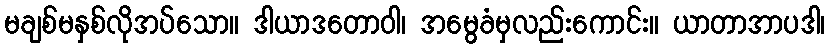
မချစ်မနှစ်လိုအပ်သော။ ဒါယာဒတောဝါ၊ အမွေခံမှလည်းကောင်း။ ယာတာအာပဒါ၊